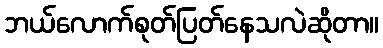
ဘယ်လောက်စုတ်ပြတ်နေသလဲဆိုတာ။